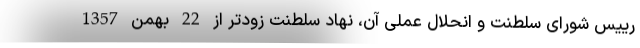
رییس شورای سلطنت و انحلال عملی آن، نهاد سلطنت زودتر از 22 بهمن 1357